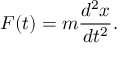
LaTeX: F ( t ) = m { \frac { d ^ { 2 } x } { d t ^ { 2 } } } .